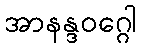
အာနန္ဒဝဂ္ဂေါ